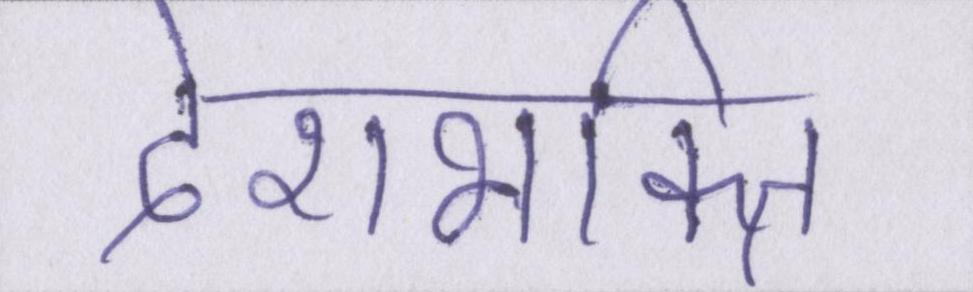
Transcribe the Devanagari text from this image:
देशभक्ति